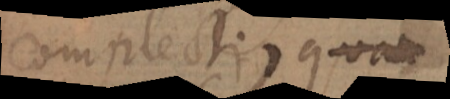
complecti, quam